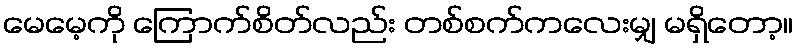
မေမေ့ကို ကြောက်စိတ်လည်း တစ်စက်ကလေးမျှ မရှိတော့။